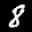
Label: 8